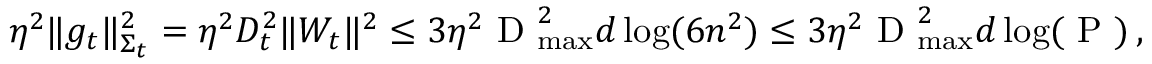
\begin{array} { r } { \eta ^ { 2 } \Vert g _ { t } \Vert _ { \Sigma _ { t } } ^ { 2 } = \eta ^ { 2 } D _ { t } ^ { 2 } \Vert W _ { t } \Vert ^ { 2 } \leq 3 \eta ^ { 2 } \textrm { D } _ { \operatorname* { m a x } } ^ { 2 } d \log ( 6 n ^ { 2 } ) \leq 3 \eta ^ { 2 } \textrm { D } _ { \operatorname* { m a x } } ^ { 2 } d \log ( \textrm { P } ) \, , } \end{array}